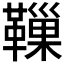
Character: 𩍀